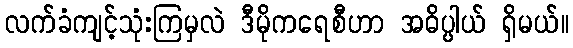
လက်ခံကျင့်သုံးကြမှလဲ ဒီမိုကရေစီဟာ အဓိပ္ပါယ် ရှိမယ်။